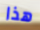
هذا